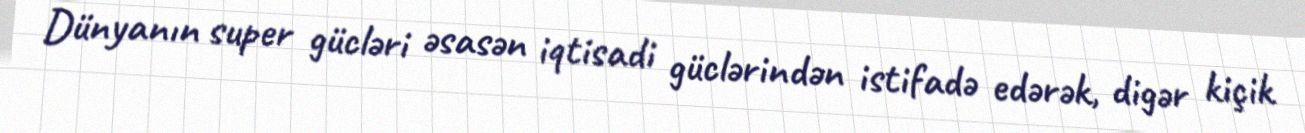
Dünyanın super gücləri əsasən iqtisadi güclərindən istifadə edərək, digər kiçik